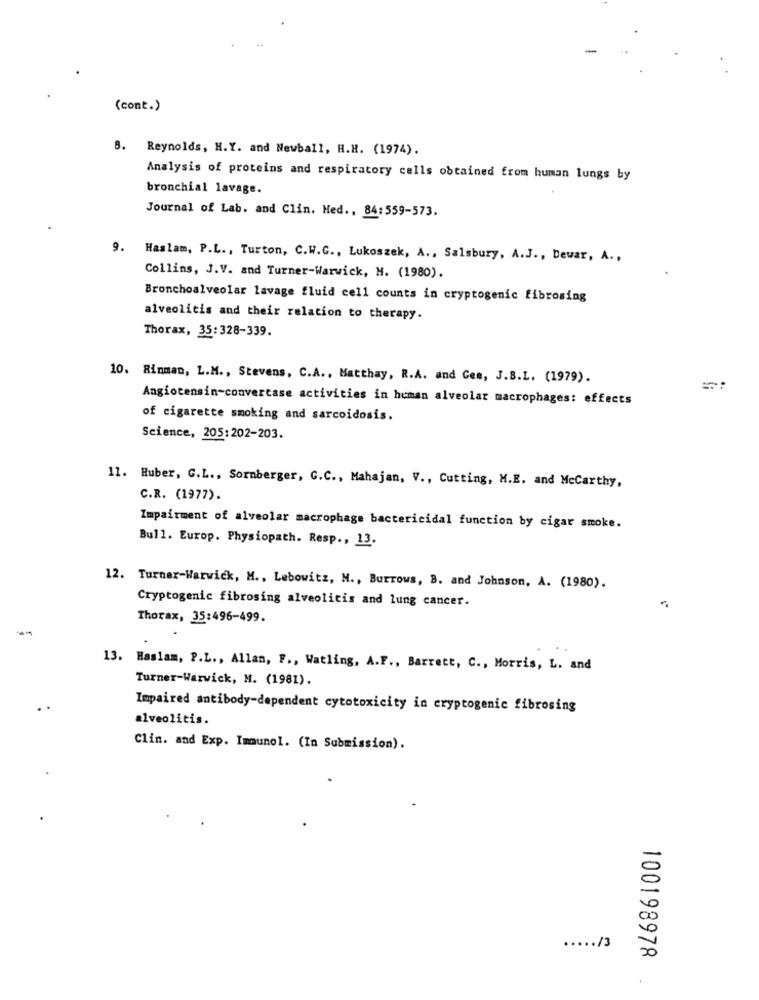
(cont.)
8. Reynolds, H.Y. and Newball, H.H. (1974).
Analysis of proteins and respiratory cells obtained from human lungs by
bronchial lavage.
Journal of Lab. and Clin. Med ., 84:559-573.
9. Haslam, P.L ., Turton, C.W.C ., Lukoszek, A ., Salsbury, A.J ., Dewar, A .,
Collins, J.V. and Turner-Warwick, M. (1980).
Bronchoalveolar lavage fluid cell counts in cryptogenic fibrosing
alveolitis and their relation to therapy.
Thorax, 35:328-339.
10. Rinman, L.M ., Stevens, C.A ., Matthay, R.A. and Cee, J.B.L. (1979).
Angiotensin-convertase activities in human alveolar macrophages: effects
of cigarette smoking and sarcoidosis.
Science, 205:202-203.
11. Huber, G.L ., Sornberger, C.C ., Mahajan, V ., Cutting, M.E. and Mccarthy,
C.R. (1977).
Impairment of alveolar macrophage bactericidal function by cigar smoke.
Bull. Europ. Physiopath. Resp ., 13.
12. Turner-Warwick, M ., Lebowitz, M ., Burrows, B. and Johnson, A. (1980).
Cryptogenic fibrosing alveolicis and lung cancer.
Thorax, 35:496-499.
13. Haslam, P.L ., Allan, F ., Watling, A.F ., Barrett, C ., Morris, L. and
Turner-Warwick, M. (1981).
Impaired antibody-dependent cytotoxicity in cryptogenic fibrosing
alveolitis.
Clin. and Exp. Immunol. (In Submission).
..... /3
100198978